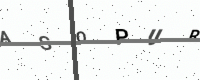
Text: ASOPURH